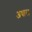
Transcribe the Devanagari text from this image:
अधार॥